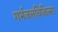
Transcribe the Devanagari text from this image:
गर्भजलचिकित्सा